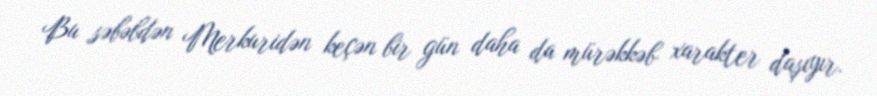
Bu səbəbdən Merkuridən keçən bir gün daha da mürəkkəb xarakter daşıyır.